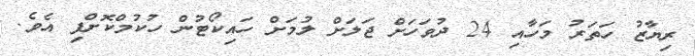
ރިޔާޒު ހަތަރު މަހާއި 24 ދުވަހަށް ޖަލަށް ލުމަށް ހައިކޯޓުން ހުކުމްކޮށްފި އެވެ.